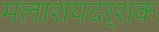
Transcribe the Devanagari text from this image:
मलाशयदर्शक